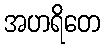
အဟရိတေ